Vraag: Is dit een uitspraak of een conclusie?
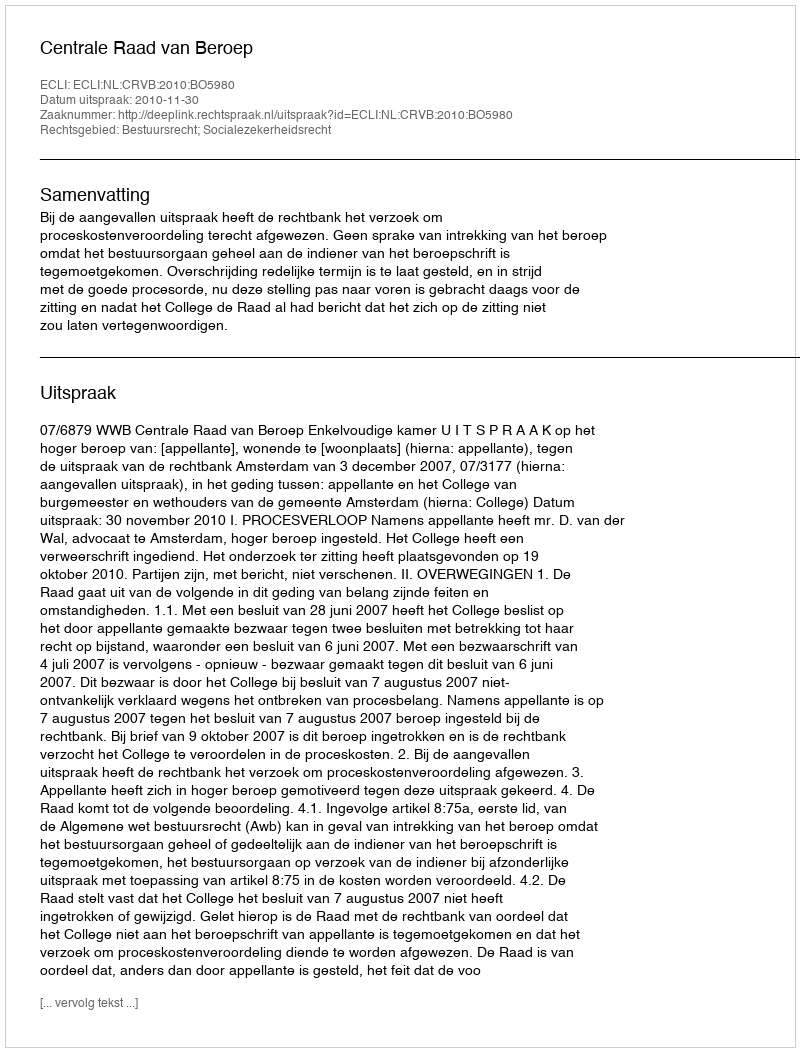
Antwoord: Uitspraak